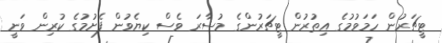
ޓީޗަރުން ހަމަވުމުގެ އިތުރުން ޓީޗަރުންގެ މުސާރަ ވެސް ކިޔެވުން ފެށުމުގެ ކުރިން ވަނީ